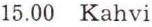
15.00 Kahvi